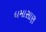
ધમાસાણ